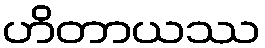
ဟိတာယဿ